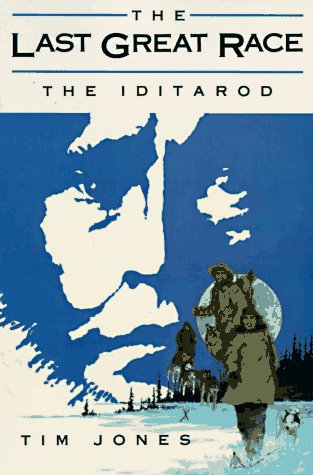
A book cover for The Last Great Race, The Iditarod; Tim Jones; Sports & Outdoors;